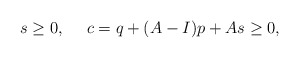
\begin{align*} s\geq 0,~~~~ c=q+(A-I)p+As\geq 0, \end{align*}